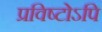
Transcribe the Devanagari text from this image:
प्रविष्टोऽपि